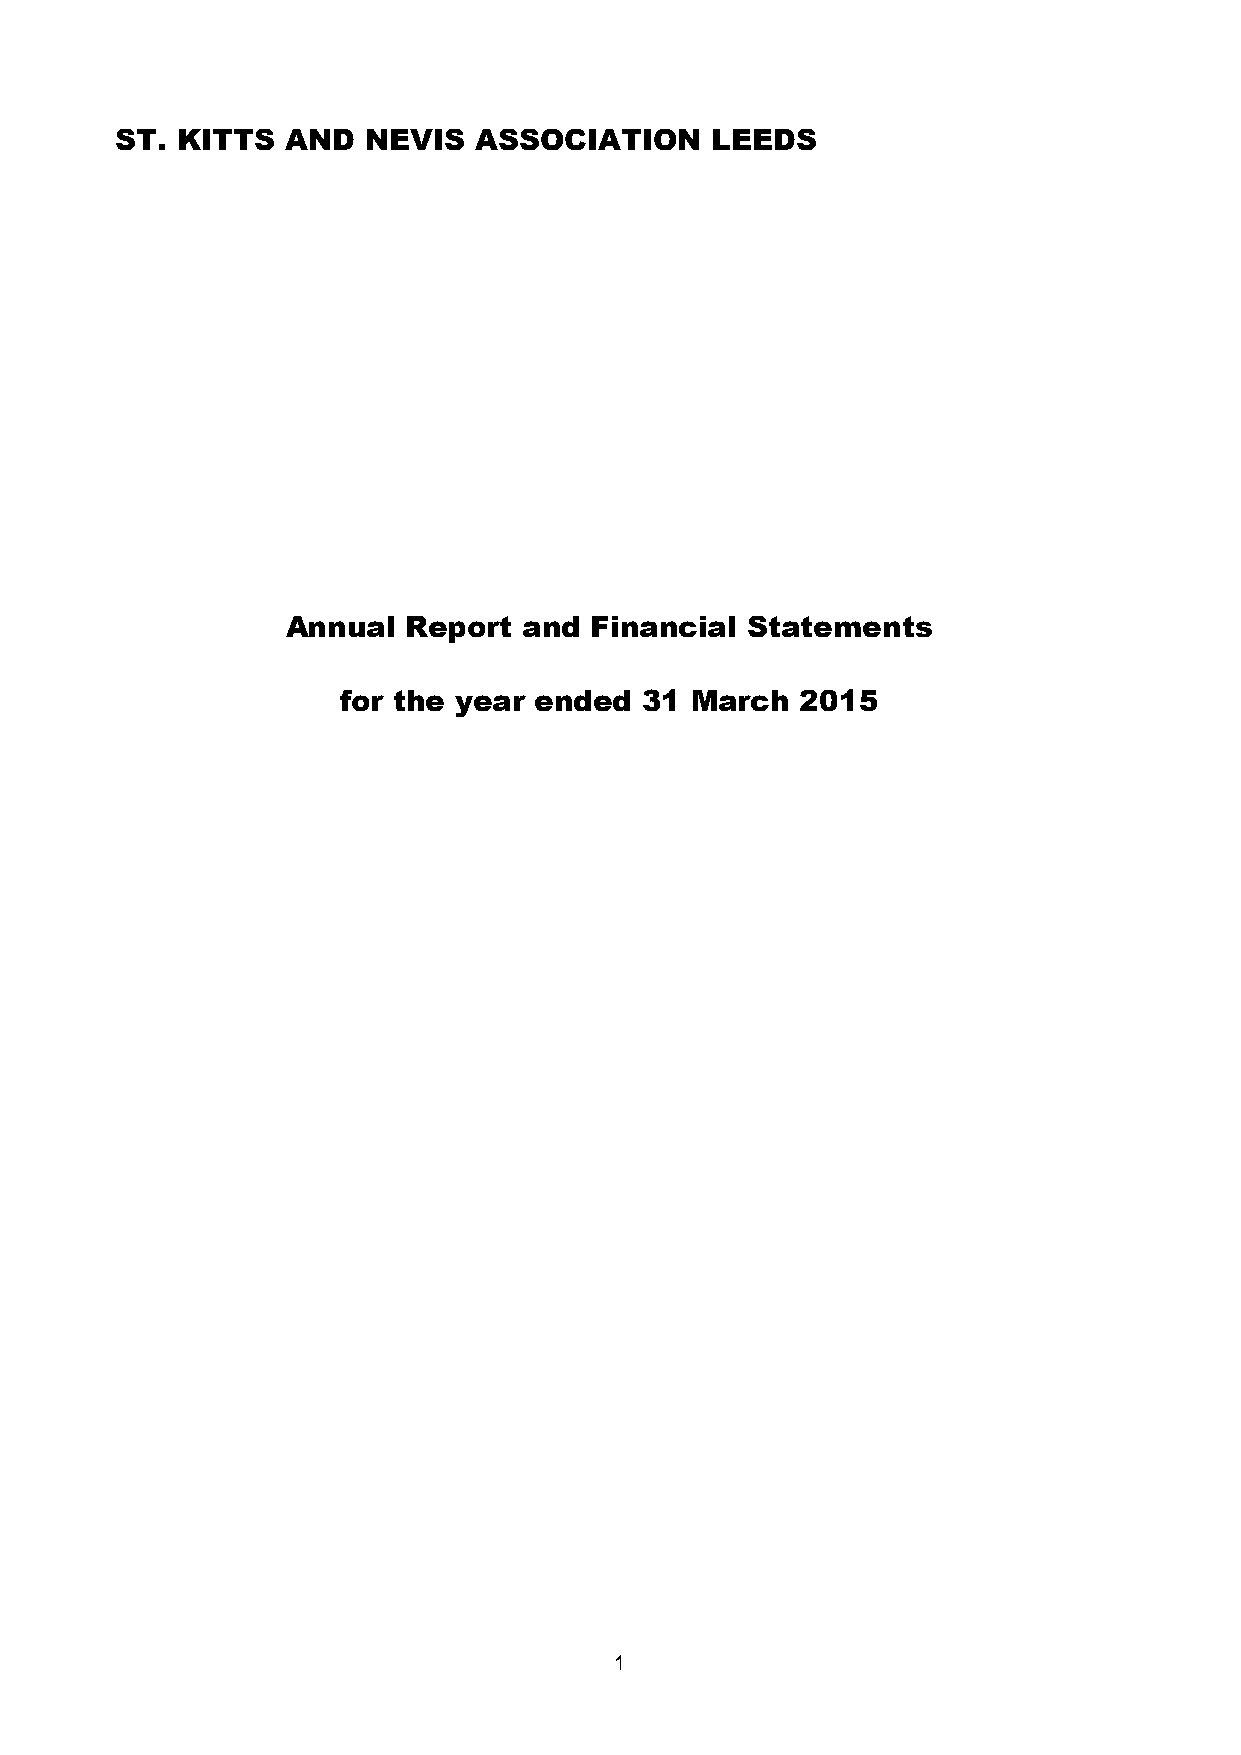
ST. KITTS  AND  NEVIS  ASSOCIATION     LEEDS
 Annual  Report  and Financial Statements
 for the year ended  31 March  2015
 1